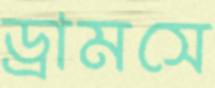
ড্রামসে